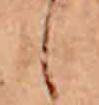
し